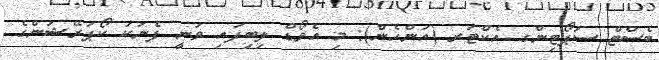
ބެސްޓް ސަޕޯޓިންގ އެކްޓަރ (އަންހެން): މި އެވޯޑް ލިބިފައި ވަނީ ފެނަކަ ކޯޕަރޭޝަންގެ